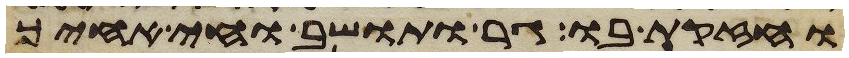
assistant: וחזקת בו גר ותושב וחי אחיך